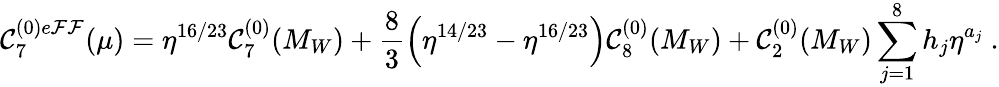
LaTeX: \mathcal{C}_{7}^{(0)e\mathcal{F}\mathcal{F}}(\mu)=\eta^{16/23}\mathcal{C}_{7}^{(0)}(M_{W})+\frac{{8}}{{3}}\left(\eta^{14/23}-\eta^{16/23}\right)\mathcal{C}_{8}^{(0)}(M_{W})+\mathcal{C}_{2}^{(0)}(M_{W})\sum_{j=1}^{8}h_{j}\eta^{a_{j}}\ .